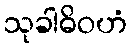
သုခါဓိဝဟံ